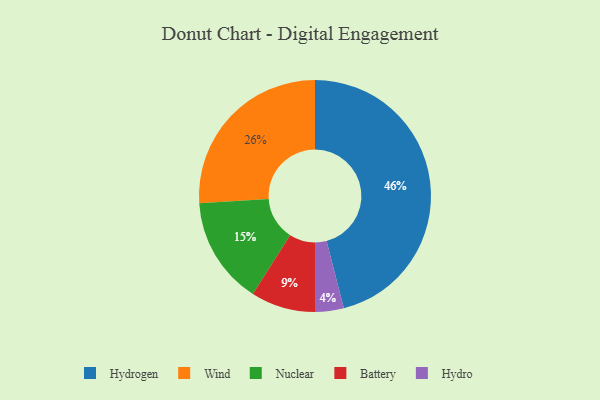
{"axis": {"x": "Category", "y": "Percentage"}, "legend": ["Battery", "Hydro", "Hydrogen", "Nuclear", "Wind"], "data": [{"x": "Nuclear", "y": 15, "type": "Nuclear"}, {"x": "Wind", "y": 26, "type": "Wind"}, {"x": "Battery", "y": 9, "type": "Battery"}, {"x": "Hydro", "y": 4, "type": "Hydro"}, {"x": "Hydrogen", "y": 46, "type": "Hydrogen"}]}